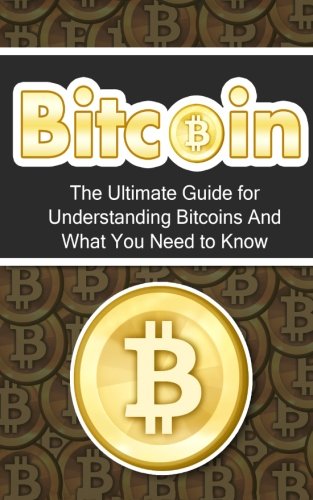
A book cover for Bitcoin: The Ultimate Beginner's Guide for Understanding Bitcoins And What You Need to Know (Beginner, Mining, Step by Step, Exposed, Trading, Basics, Currency, Revolution, BTC); Elliott Branson; Computers & Technology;